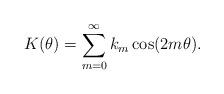
LaTeX: \begin{align*} K ( \theta ) = \sum_{m=0}^{\infty} k_{m} \cos ( 2m \theta ) . \end{align*}